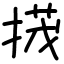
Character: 𢰝